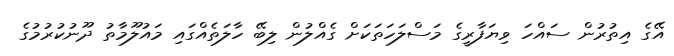
އޭގެ އިތުރުން ސައްހަ ވިޔަފާރީގެ މަސްލަހަތަކަށް ގެއްލުން ލިބޭ ހާލަތެއްގައި މައުލޫމާތު ދޫނުކުރުމުގެ